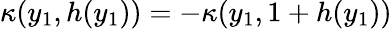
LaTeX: \kappa(y_{1},h(y_{1}))=-\kappa(y_{1},1+h(y_{1}))